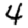
Digit: 4